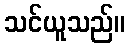
သင်ယူသည်။